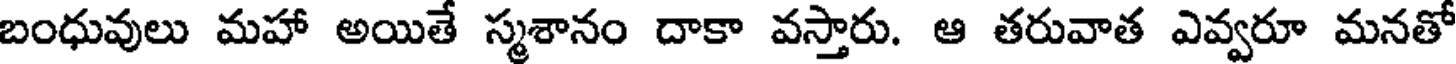
బంధువులు మహా అయితే స్మశానం దాకా వస్తారు. ఆ తరువాత ఎవ్వరూ మనతో